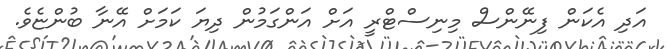
އަދި އެކަން ފިނޭންސް މިނިސްޓްރީ އަށް އަންގަމުން ދިޔަ ކަމަށް އޭނާ ބުންޏެވެ.